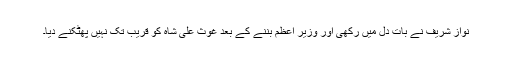
نواز شریف نے بات دل میں رکھی اور وزیر اعظم بننے کے بعد غوث علی شاہ کو قریب تک نہیں پھٹکنے دیا۔